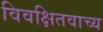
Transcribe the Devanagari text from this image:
विवक्षितवाच्य